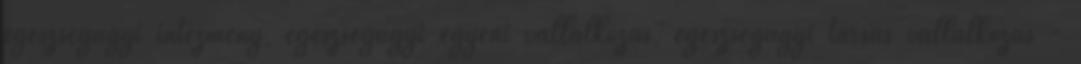
egészségügyi intézmény, egészségügyi egyéni vállalkozás, egészségügyi társas vállalkozás -